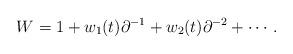
LaTeX: \begin{align*}W = 1 + w_1(t) \partial^{-1} + w_2(t) \partial^{-2} + \cdots .\end{align*}